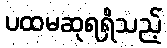
ပထမဆုရရှိသည့်